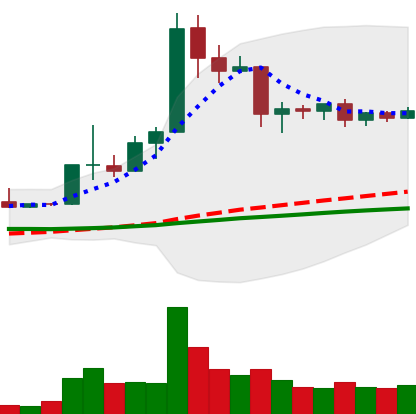
Ticker: ETC-USD
Chart end date: 2019-04-18
Forward return: -6.011%
Label: down_5_7